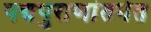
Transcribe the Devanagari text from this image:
पद्मपुराणांतर्गत